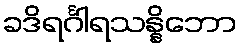
ခဒိရင်္ဂါရသန္နိဘော